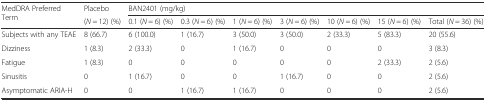
| <ROWSPAN=2> MedDRA Preferred Term | Placebo | <COLSPAN=7> BAN2401 (mg/kg) |
 | (N = 12) (%) | 0.1 (N = 6) (%) | 0.3 (N = 6) (%) | 1 (N = 6) (%) | 3 (N = 6) (%) | 10 (N = 6) (%) | 15 (N = 6) (%) | Total (N = 36) (%) |
 | --- | --- | --- | --- | --- | --- | --- | --- | --- |
 | Subjects with any TEAE | 8 (66.7) | 6 (100.0) | 1 (16.7) | 3 (50.0) | 3 (50.0) | 2 (33.3) | 5 (83.3) | 20 (55.6) |
 | Dizziness | 1 (8.3) | 2 (33.3) | 0 | 1 (16.7) | 0 | 0 | 0 | 3 (8.3) |
 | Fatigue | 1 (8.3) | 0 | 0 | 0 | 0 | 0 | 2 (33.3) | 2 (5.6) |
 | Sinusitis | 0 | 1 (16.7) | 0 | 0 | 1 (16.7) | 0 | 0 | 2 (5.6) |
 | Asymptomatic ARIA-H | 0 | 0 | 1 (16.7) | 1 (16.7) | 0 | 0 | 0 | 2 (5.6) |